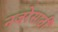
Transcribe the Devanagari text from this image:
नजरेसाठी